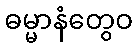
ဓမ္မာနံတွေဝ